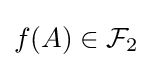
\textstyle f(A)\in {\mathcal {F}}_{2}